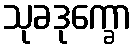
သုခဒုက္ခော